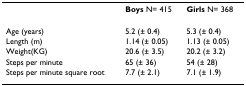
<table><thead><tr><td></td><td><b>Boys N= 415</b></td><td><b>Girls N= 368</b></td></tr></thead><tbody><tr><td>Age (years)</td><td>5.2 (± 0.4)</td><td>5.3 (± 0.4)</td></tr><tr><td>Length (m)</td><td>1.14 (± 0.05)</td><td>1.13 (± 0.05)</td></tr><tr><td>Weight(KG)</td><td>20.6 (± 3.5)</td><td>20.2 (± 3.2)</td></tr><tr><td>Steps per minute</td><td>65 (± 36)</td><td>54 (± 28)</td></tr><tr><td>Steps per minute square root</td><td>7.7 (± 2.1)</td><td>7.1 (± 1.9)</td></tr></tbody></table>